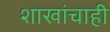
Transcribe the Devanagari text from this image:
शाखांचाही